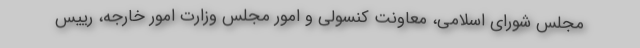
مجلس شورای اسلامی، معاونت کنسولی و امور مجلس وزارت امور خارجه، رییس